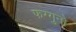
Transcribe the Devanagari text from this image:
फग्गुनो